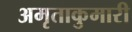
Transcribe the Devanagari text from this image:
अमृताकुमारी